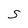
Character: S